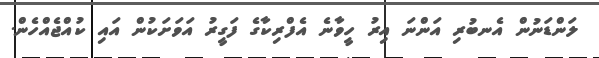
ލަންޑަނުން އެނބުރި އަންނަ އިރު ހީވާނެ އެފްރިކާގެ ފަގީރު އަވަށަކުން އައި ކުއްޖެއްހެން.